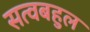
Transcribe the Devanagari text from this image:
सत्वबहुल